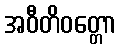
အဝီတိဝတ္တော